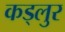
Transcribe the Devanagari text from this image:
कड्लुर